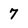
Character: 7